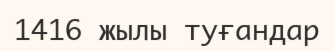
1416 жылы туғандар